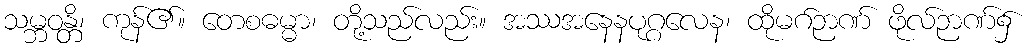
သမ္ဘဝန္တိ၊ ကုန်၏။ တေစဓမ္မာ၊ တို့သည်လည်း။ အဿအနေနပုဂ္ဂလေန၊ ထိုမဂ်ဉာဏ် ဖိုလ်ဉာဏ်၌